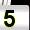
Digit: 5